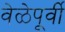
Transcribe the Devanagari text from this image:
वेळेपूर्वी